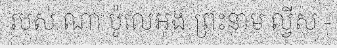
របស់ ណា ប៉ូលេអុង ព្រះនាម ល្វីស -